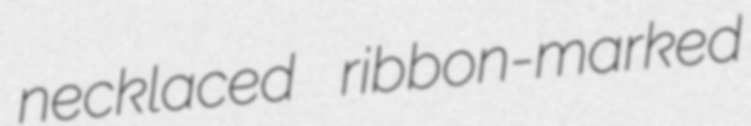
necklaced ribbon-marked